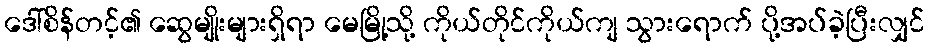
ဒေါ်စိန်တင့်၏ ဆွေမျိုးများရှိရာ မေမြို့သို့ ကိုယ်တိုင်ကိုယ်ကျ သွားရောက် ပို့အပ်ခဲ့ပြီးလျှင်